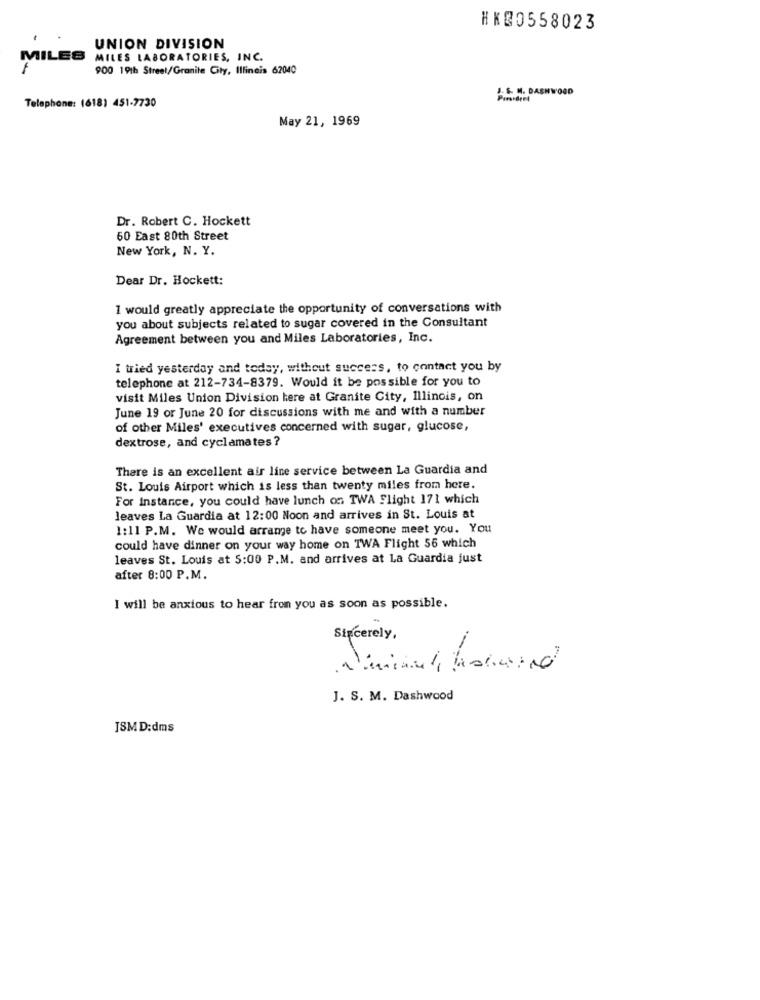
HK00558023
UNION DIVISION
MILES
MILES LABORATORIES, INC.
900 19th Street/Granite City, Illinois 62040
1:5.M. DASHWOOD
Telephone: (618) 451-7730
May 21, 1969
Dr. Robert C. Hockett
60 East 80th Street
New York, N. Y.
Dear Dr. Hockett:
1 would greatly appreciate the opportunity of conversations with
you about subjects related to sugar covered in the Consultant
Agreement between you and Miles Laboratories, Inc.
I tried yesterday and today, without success, to contact you by
telephone at 212-734-8379. Would it be possible for you to
visit Miles Union Division here at Granite City, Illinois, on
June 19 or June 20 for discussions with me and with a number
of other Miles' executives concerned with sugar, glucose,
dextrose, and cyclamates ?
There is an excellent air line service between La Guardia and
St. Louis Airport which is less than twenty miles from here.
For Instance, you could have lunch on TWA Flight 171 which
leaves La Guardia at 12:00 Noon and arrives in St. Louis at
1:11 P.M. We would arrange to have someone meet you. You
could have dinner on your way home on TWA Flight 56 which
leaves St. Louis at 5:00 P.M. and arrives at La Guardia just
after 8:00 P.M.
I will be anxious to hear from you as soon as possible.
Sincerely,
J. S. M. Dashwood
JSM D:dms